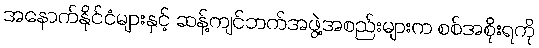
အနောက်နိုင်ငံများနှင့် ဆန့်ကျင်ဘက်အဖွဲ့အစည်းများက စစ်အစိုးရကို